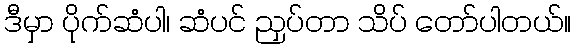
ဒီမှာ ပိုက်ဆံပါ၊ ဆံပင် ညှပ်တာ သိပ် တော်ပါတယ်။